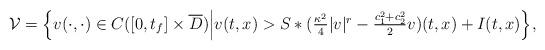
LaTeX: \begin{align*}\begin{array}{l}\mathcal V=\Bigl\{v(\cdot,\cdot)\in C([0,t_f]\times \overline{D})\Bigl|v(t,x)>S\ast (\frac{\kappa^2}{4} |v|^r-\frac{c_1^2+c_2^2}{2}v)(t,x)+I(t,x)\Bigr \},\end{array} \end{align*}